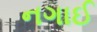
નગાઈ